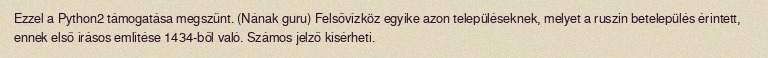
Ezzel a Python2 támogatása megszűnt. (Nának guru) Felsővízköz egyike azon településeknek, melyet a ruszin betelepülés érintett, ennek első írásos említése 1434-ből való. Számos jelző kísérheti.